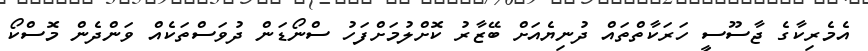
އެމެރިކާގެ ޖާސޫސީ ހަރަކާތްތައް ދުނިޔެއަށް ބޭޒާރު ކޮށްލުމަށްފަހު ސްނޯޑަން ދުވަސްތަކެއް ވަންދެން މޮސްކޯ